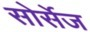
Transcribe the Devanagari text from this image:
सोर्सेज